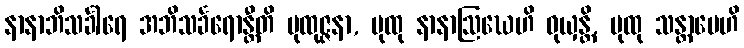
နာနာဘိသင်္ခါရေ အဘိသင်္ခရောန္တီတိ ပုထုဇ္ဇနာ, ပုထု နာနာဩဃေဟိ ဝုယှန္တိ, ပုထု သန္တာပေဟိ